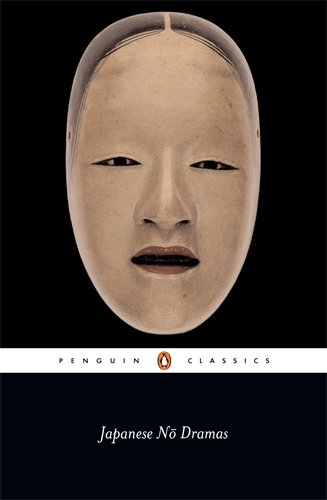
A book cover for Japanese No Dramas (Penguin Classics); Various; Literature & Fiction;